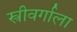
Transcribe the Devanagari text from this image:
स्त्रीवर्गाला